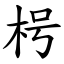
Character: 枵